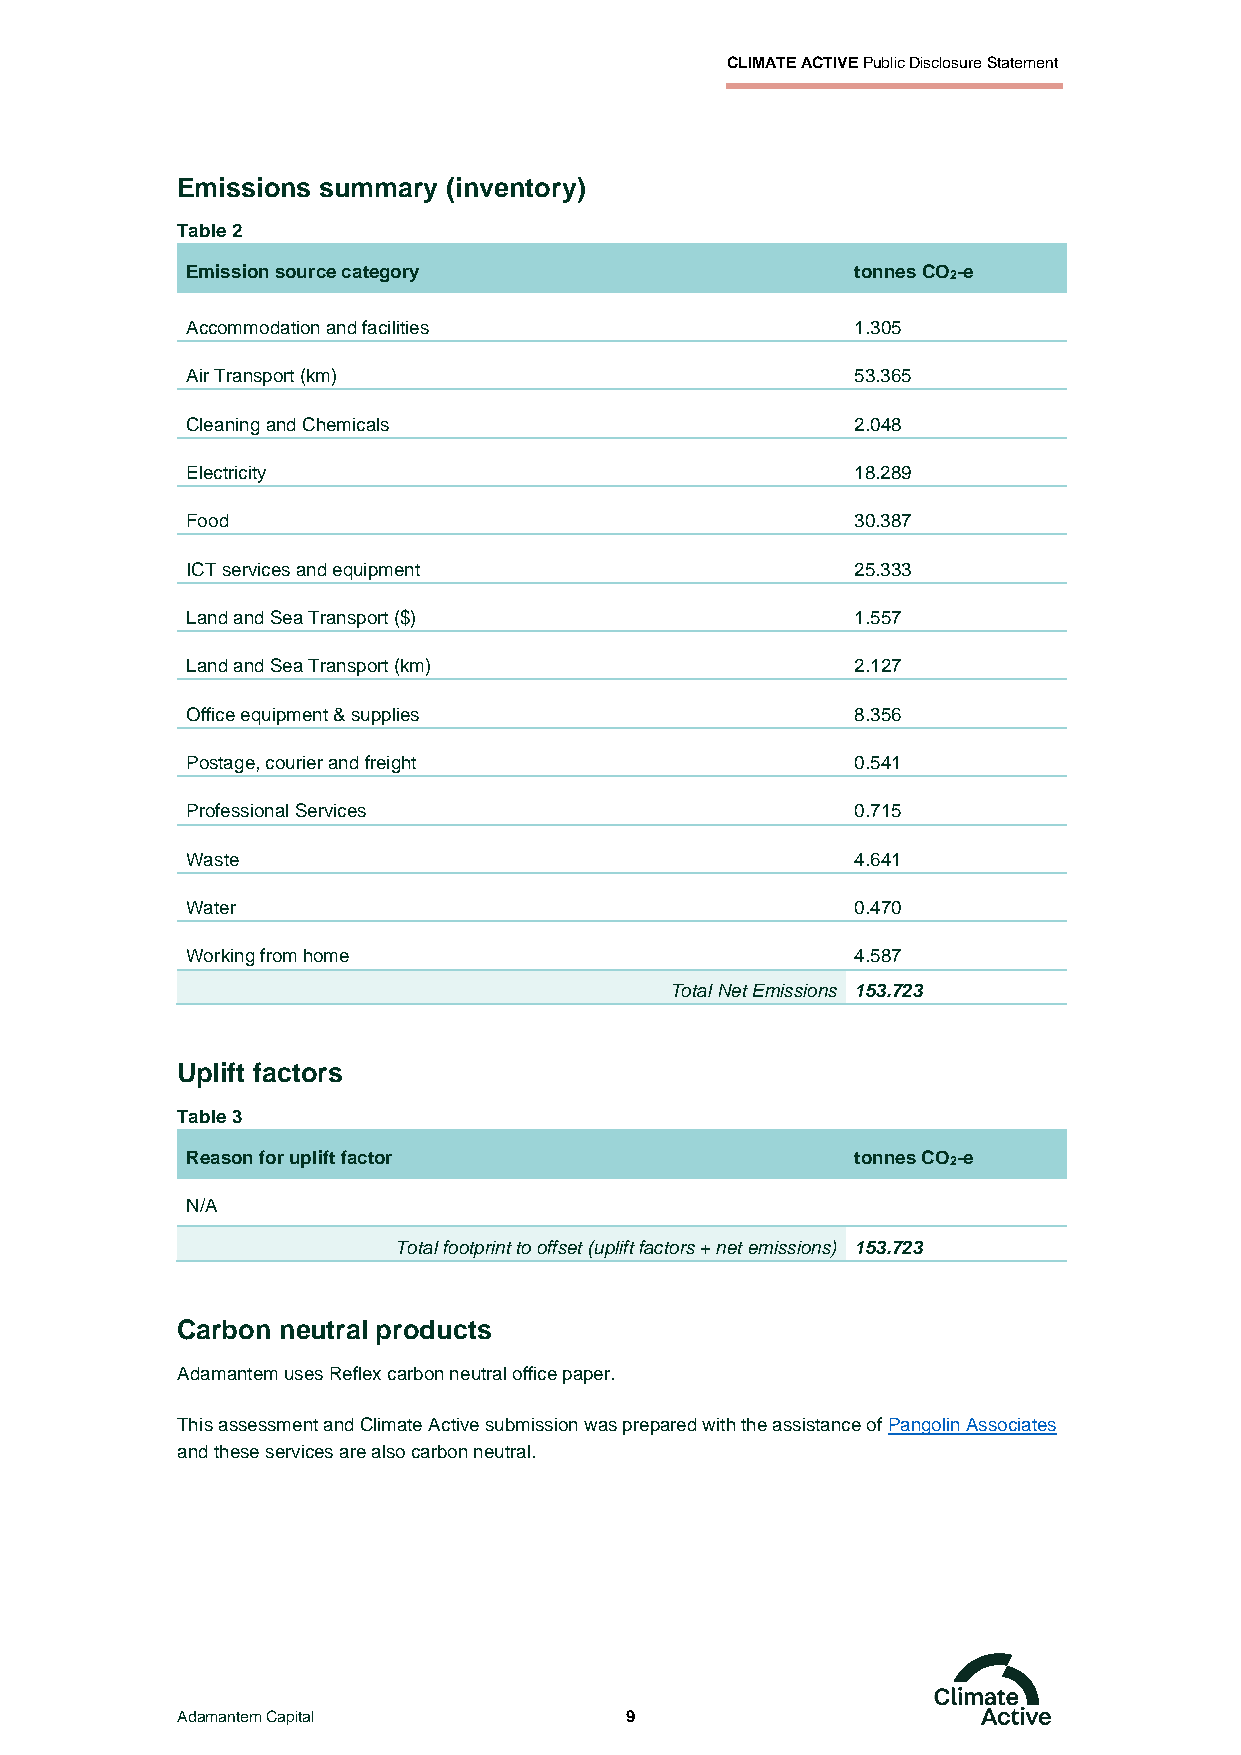
CLIMATE ACTIVE Public Disclosure Statement
 Emissions summary (inventory)
 Table 2
 Emission source category                     tonnes CO2-e
 Accommodation and facilities                 1.305
 Air Transport (km)                           53.365
 Cleaning and Chemicals                       2.048
 Electricity                                  18.289
 Food                                         30.387
 ICT services and equipment                   25.333
 Land and Sea Transport ($)                   1.557
 Land and Sea Transport (km)                  2.127
 Office equipment & supplies                  8.356
 Postage, courier and freight                 0.541
 Professional Services                        0.715
 Waste                                        4.641
 Water                                        0.470
 Working from home                            4.587
 Total Net Emissions 153.723
 Uplift factors
 Table 3
 Reason for uplift factor                     tonnes CO2-e
 N/A
 Total footprint to offset (uplift factors + net emissions) 153.723
 Carbon neutral products
 Adamantem uses Reflex carbon neutral office paper.
 This assessment and Climate Active submission was prepared with the assistance of Pangolin Associates
 and these services are also carbon neutral.
 Adamantem Capital            9